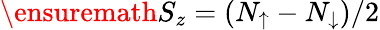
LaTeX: \ensuremath{S_{z}}=(N_{\uparrow}-N_{\downarrow})/2